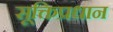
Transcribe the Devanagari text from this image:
सूक्तिप्रधान